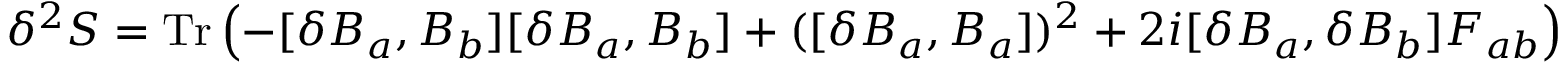
\delta ^ { 2 } S = \mathrm { T r } \left( - [ \delta B _ { a } , B _ { b } ] [ \delta B _ { a } , B _ { b } ] + ( [ \delta B _ { a } , B _ { a } ] ) ^ { 2 } + 2 i [ \delta B _ { a } , \delta B _ { b } ] F _ { a b } \right) .